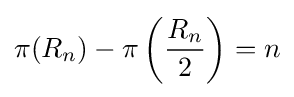
\pi (R_{n})-\pi \left({\frac {R_{n}}{2}}\right)=n